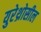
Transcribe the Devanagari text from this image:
युरेथ्रोसील